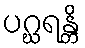
ပဂ္ဃရန္တိ